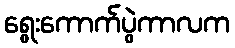
ရွေးကောက်ပွဲကာလက